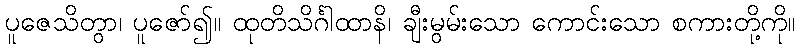
ပူဇေသိတွာ၊ ပူဇော်၍။ ထုတိသိင်္ဂါထာနိ၊ ချီးမွမ်းသော ကောင်းသော စကားတို့ကို။